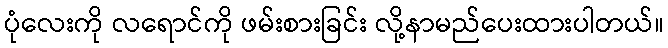
ပုံလေးကို လရောင်ကို ဖမ်းစားခြင်း လို့နာမည်ပေးထားပါတယ်။